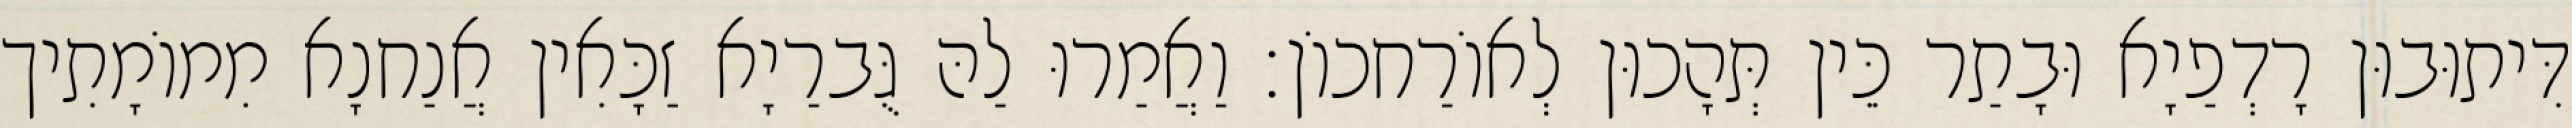
דִּיתוּבוּן רָדְפַיָא וּבָתַר כֵּין תְּהָכוּן לְאוֹרַחכוֹן׃ וַאֲמַרוּ לַהּ גֻּברַיָא זַכָּאִין אֲנַחנָא מִמוֹמָתִיך